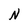
Character: N